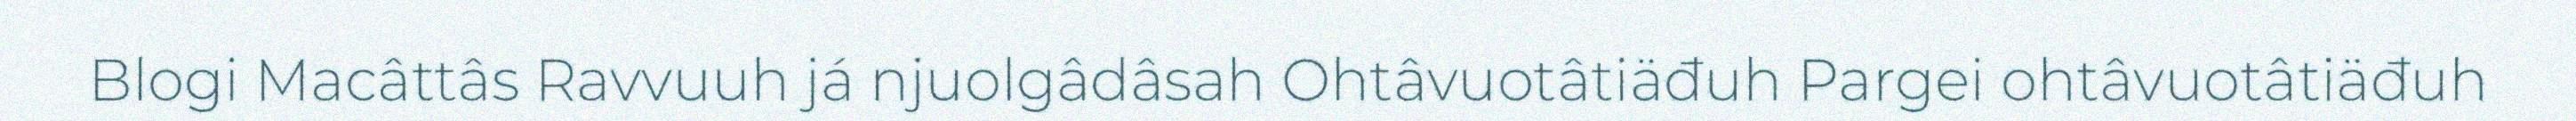
Blogi Macâttâs Ravvuuh já njuolgâdâsah Ohtâvuotâtiäđuh Pargei ohtâvuotâtiäđuh